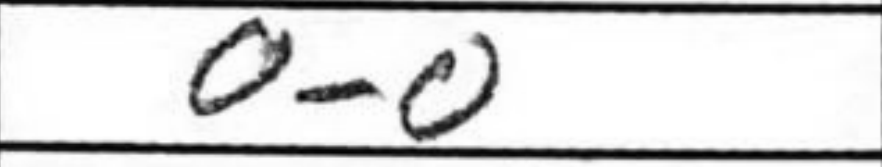
Transcription: O-O